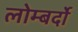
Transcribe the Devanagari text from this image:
लोम्बर्दो